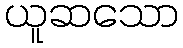
ယူဆသော